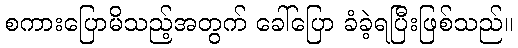
စကားပြောမိသည့်အတွက် ခေါ်ပြော ခံခဲ့ရပြီးဖြစ်သည်။